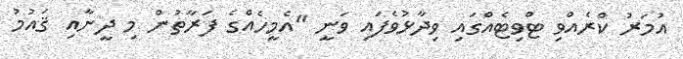
އުމަރު ކްރެއްވި ޓްވިޓެއްގައި ވިދާޅުވެފައި ވަނީ "އެމީހެއްގެ ފަރާތުން މި ދީނާއި ޤައުމު